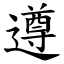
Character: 遵